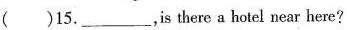
( )15.___，is there a hotel near here?